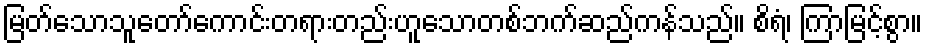
မြတ်သောသူတော်ကောင်းတရားတည်းဟူသောတစ်ဘက်ဆည်ကန်သည်။ စိရံ၊ ကြာမြင့်စွာ။